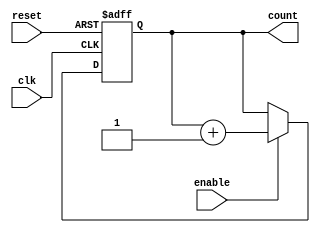
module async_counter #(
    parameter N = 4  // Default to 4-bit counter
)(
    input wire clk,         // Clock input for the LSB
    input wire reset,       // Asynchronous reset
    input wire enable,      // Optional enable input
    output reg [N-1:0] count // N-bit output count
);

// Always block for asynchronous reset and counting
always @(posedge clk or posedge reset) begin
    if (reset) begin
        count <= 0; // Reset the count to 0
    end else if (enable) begin
        count <= count + 1; // Increment the count
    end
end

endmodule